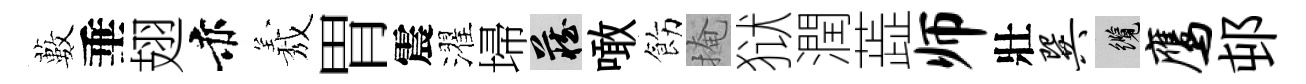
藪垂翅赤𦏁胃震濯埽藏噉飭掩狱潤蕋师壯巽纜鹰邨